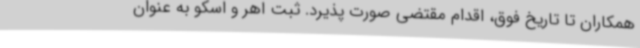
همکاران تا تاریخ فوق، اقدام مقتضی صورت پذیرد. ثبت اهر و اسکو به عنوان